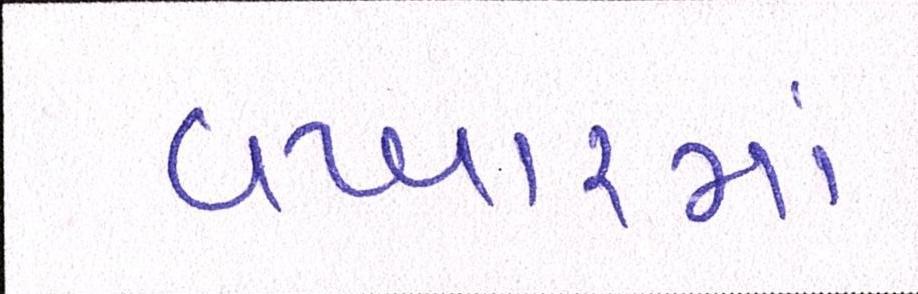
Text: વખારમાં